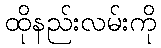
ထိုနည်းလမ်းကို